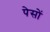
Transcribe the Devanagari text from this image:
पेसों